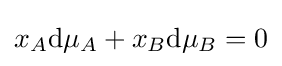
x_{A}\mathrm {d} \mu _{A}+x_{B}\mathrm {d} \mu _{B}=0